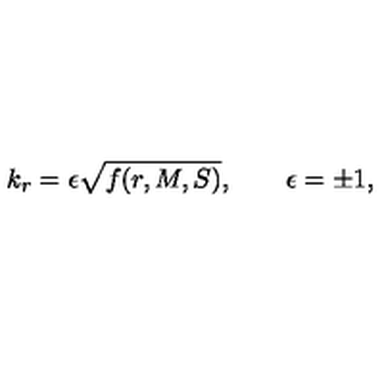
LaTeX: k _ { r } = \epsilon \sqrt { f ( r , M , S ) } , \qquad \epsilon = \pm 1 ,